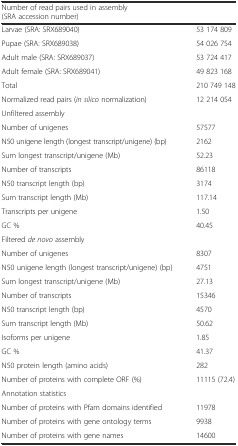
| Number of read pairs used in assembly (SRA accession number) |  |
 | --- | --- |
 | Larvae (SRA: SRX689040) | 53 174 809 |
 | Pupae (SRA: SRX689038) | 54 026 754 |
 | Adult male (SRA: SRX689037) | 53 724 417 |
 | Adult female (SRA: SRX689041) | 49 823 168 |
 | Total | 210 749 148 |
 | Normalized read pairs (in silico normalization) | 12 214 054 |
 | Unfiltered assembly |  |
 | Number of unigenes | 57577 |
 | N50 unigene length (longest transcript/unigene) (bp) | 2162 |
 | Sum longest transcript/unigene (Mb) | 52.23 |
 | Number of transcripts | 86118 |
 | N50 transcript length (bp) | 3174 |
 | Sum transcript length (Mb) | 117.14 |
 | Transcripts per unigene | 1.50 |
 | GC % | 40.45 |
 | Filtered de novo assembly |  |
 | Number of unigenes | 8307 |
 | N50 unigene length (longest transcript/unigene) (bp) | 4751 |
 | Sum longest transcript/unigene (Mb) | 27.13 |
 | Number of transcripts | 15346 |
 | N50 transcript length (bp) | 4570 |
 | Sum transcript length (Mb) | 50.62 |
 | Isoforms per unigene | 1.85 |
 | GC % | 41.37 |
 | N50 protein length (amino acids) | 282 |
 | Number of proteins with complete ORF (%) | 11115 (72.4) |
 | Annotation statistics |  |
 | Number of proteins with Pfam domains identified | 11978 |
 | Number of proteins with gene ontology terms | 9938 |
 | Number of proteins with gene names | 14600 |